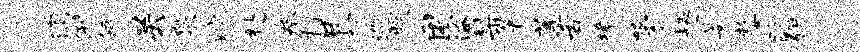
溷例瓴关泉贮赴拳打艮巡朕困淹梨著莲舌境茅趣晏嫠脉弭